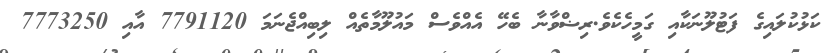
ކަޅުކުލައިގެ ފަޓުލޫނަކާއި ގަމީހެކެވެ.ރިޟްވާނާ ބެހޭ އެއްވެސް މައުލޫމާތެއް ލިބިއްޖެނަމަ 7791120 އާއި 7773250